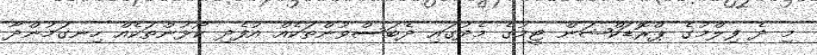
މި ދެ ފިލްމުގެ ޕްރޮޑަކްޝަން ޓީމުގެ މެދުގައި ދެބަސްވުންތަކެއް އުފެދި ކޯޅުންތަކެއް ހިނގަމުންދާ